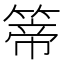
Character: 𥰆